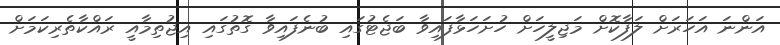
އަންނަ އަހަރަށް ލަފާކޮށް މަޖިލީހަށް ހުށަހަޅާފައިވާ ބަޖެޓުގައި ބުނެފައިވާ ގޮތުގައި އިޖުތިމާއީ ރައްކާތެރިކަމަށް